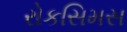
રોકસિમસ